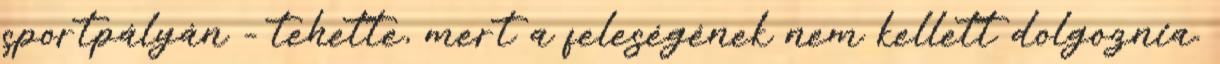
sportpályán - tehette, mert a feleségének nem kellett dolgoznia.